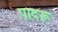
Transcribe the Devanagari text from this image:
पादरू